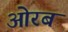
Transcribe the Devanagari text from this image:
ओरब